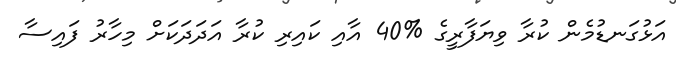
އަޅުގަނޑުމެން ކުރާ ވިޔަފާރީގެ %40 އާއި ކައިރި ކުރާ އަދަދަކަށް މިހާރު ފައިސާ